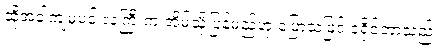
ထိုအခါကျမှပင် လူကြီးက အိမ်သို့ပြန်မည်ဟု ပြောသဖြင့် ဒရိုင်ဘာသည်